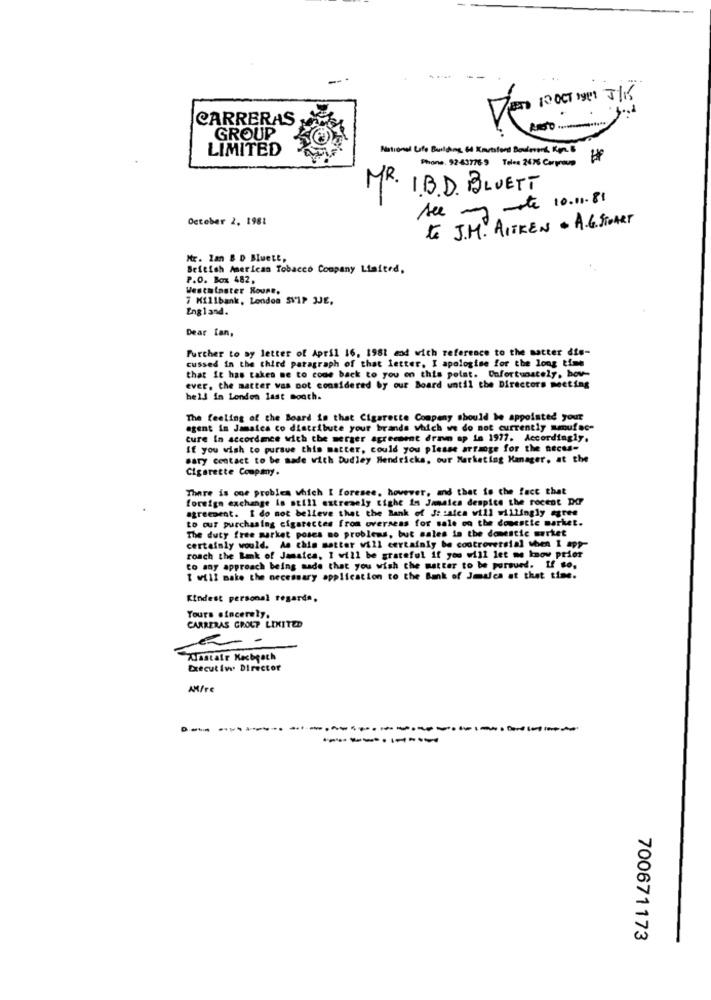
7ET0 10 OCT 1get 5/16
CARRERAS
RISO .
GROUP
LIMITED
National Life Building & Karstand Bodoros Ka 6
Phone. 92-43776 9 Teles 2476 Cargroup
MR.
I.B.D. BLUETT
see my mote 10.01.81
October 2, 1981
to J.M. AITKEN . A.G. STOART
Mr. lan & D Bluett,
British American Tobacco Company Limited,
P.O. Box 482,
Westminster Roune.
7 Millbank, London SVIP JJE,
England.
Dear Ian,
Further to sy letter of April 16, 1981 and with reference to the matter dis-
cussed in the third paragraph of that letter. I apologise for the long time
that it has taken me to come back to you on this point. Unfortunately, bov-
ever, the matter was not considered by our Board until the Directors meeting
hel3 in Londen last month.
The feeling of the Board is that Cigarette Company should be appointed your
agent in Jamaica co distribute your brands which we do not currently smufac-
ture In accordmee with the merger agreement draun ap in 1977. Accordingly.
If you wish to pursue this matter, could you please arrange for the neces-
Bary contact to be made with Dudley Hendricks, our Marketing Manager. at the
Cigarette Company.
There is one probles which I foresee, however, and that is the fact that
foreign exchange is still extremely tight in Jamaica despice the recent DCP
agreement. I do not believe that the Bank of Je :atea will willingly agree
to our purchasing cigarectes from overseas for sale oo the domestic market.
The duty free market poses no problems, but sales in the domestic merket
certainly would. As this matter will certainly be controversial when 1 app-
roach the Bank of Jamaica, I will be grateful if you will let me know prier
to any approach being made that you wish the matter to be pursued. If to.
I will make the necessary application to the Bank of Jesica at that time.
Kindest personal regards.
Yours sincerely.
CARRERAS GROUP LIMITED
Alastair Kacbeach
Executive Director
AM/re
.....----------
--------
700671173